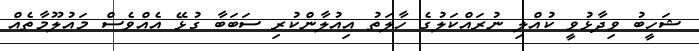
ޝަހީބު ވިދާޅުވީ ކުއްލި ނުރައްކަލުގެ ހާލަތު އިއުލާންކުރި ސަބަބާ ގުޅޭ އެއްވެސް މައުލޫމާތެއް